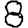
Digit: 8